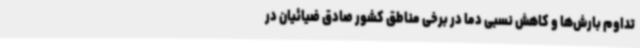
تداوم بارش‌ها و کاهش نسبی دما در برخی مناطق کشور صادق ضیائیان در